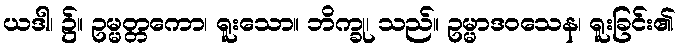
ယဒါ၊ ၌။ ဥမ္မတ္တကော၊ ရူးသော။ ဘိက္ခု၊ သည်။ ဥမ္မာဒဝသေန၊ ရူးခြင်း၏